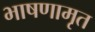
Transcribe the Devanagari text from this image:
भाषणामृत